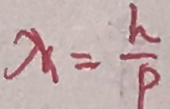
\lambda = \frac { h } { P }